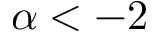
\alpha < - 2